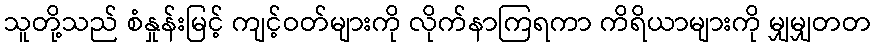
သူတို့သည် စံနှုန်းမြင့် ကျင့်ဝတ်များကို လိုက်နာကြရကာ ကိရိယာများကို မျှမျှတတ